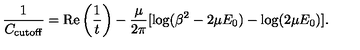
\frac { 1 } { C _ { \mathrm { c u t o f f } } } = \mathrm { R e } \left( \frac { 1 } { t } \right) - \frac { \mu } { 2 \pi } [ \log ( \beta ^ { 2 } - 2 \mu E _ { 0 } ) - \log ( 2 \mu E _ { 0 } ) ] .